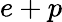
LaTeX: e+p